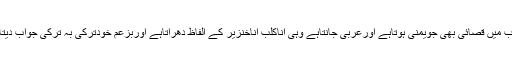
جواب میں قصائی بھی جویمنی ہوتاہے اورعربی جانتاہے وہی اناکلب اناخنزیر کے الفاظ دھراتاہے اوربزعم خودتُرکی بہ تُرکی جواب دیتاہے۔